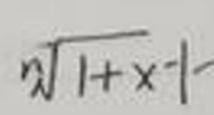
$\sqrt[n]{1 + x}-1$